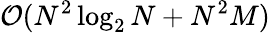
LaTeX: \mathcal{O}(N^{2}\log_{2}N+N^{2}M)